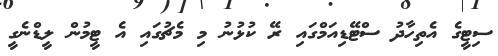
ސިޓީގެ އެތިހާދު ސްޓޭޑިއަމްގައި ރޭ ކުޅުނު މި މެޗުގައި އެ ޓީމުން ލީޑްނެގީ